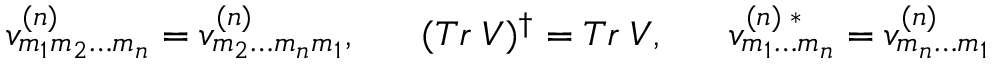
v _ { m _ { 1 } m _ { 2 } \ldots m _ { n } } ^ { ( n ) } = v _ { m _ { 2 } \ldots m _ { n } m _ { 1 } } ^ { ( n ) } , \; \; \; \; \; \; ( T r \; V ) ^ { \dagger } = T r \; V , \; \; \; \; \; \; v _ { m _ { 1 } \ldots m _ { n } } ^ { ( n ) \; * } = v _ { m _ { n } \ldots m _ { 1 } } ^ { ( n ) }